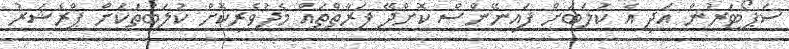
ސަޕޯޓަރުން އަދި އެ ކުލަބަށް ފައިނޭންސް ކޮށްދޭ ފަރާތްތައް މެދުވެރިކޮށް ކުލަބުތަކަށް ޕްރެޝަރު